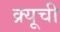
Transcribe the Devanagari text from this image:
क्र्यूची